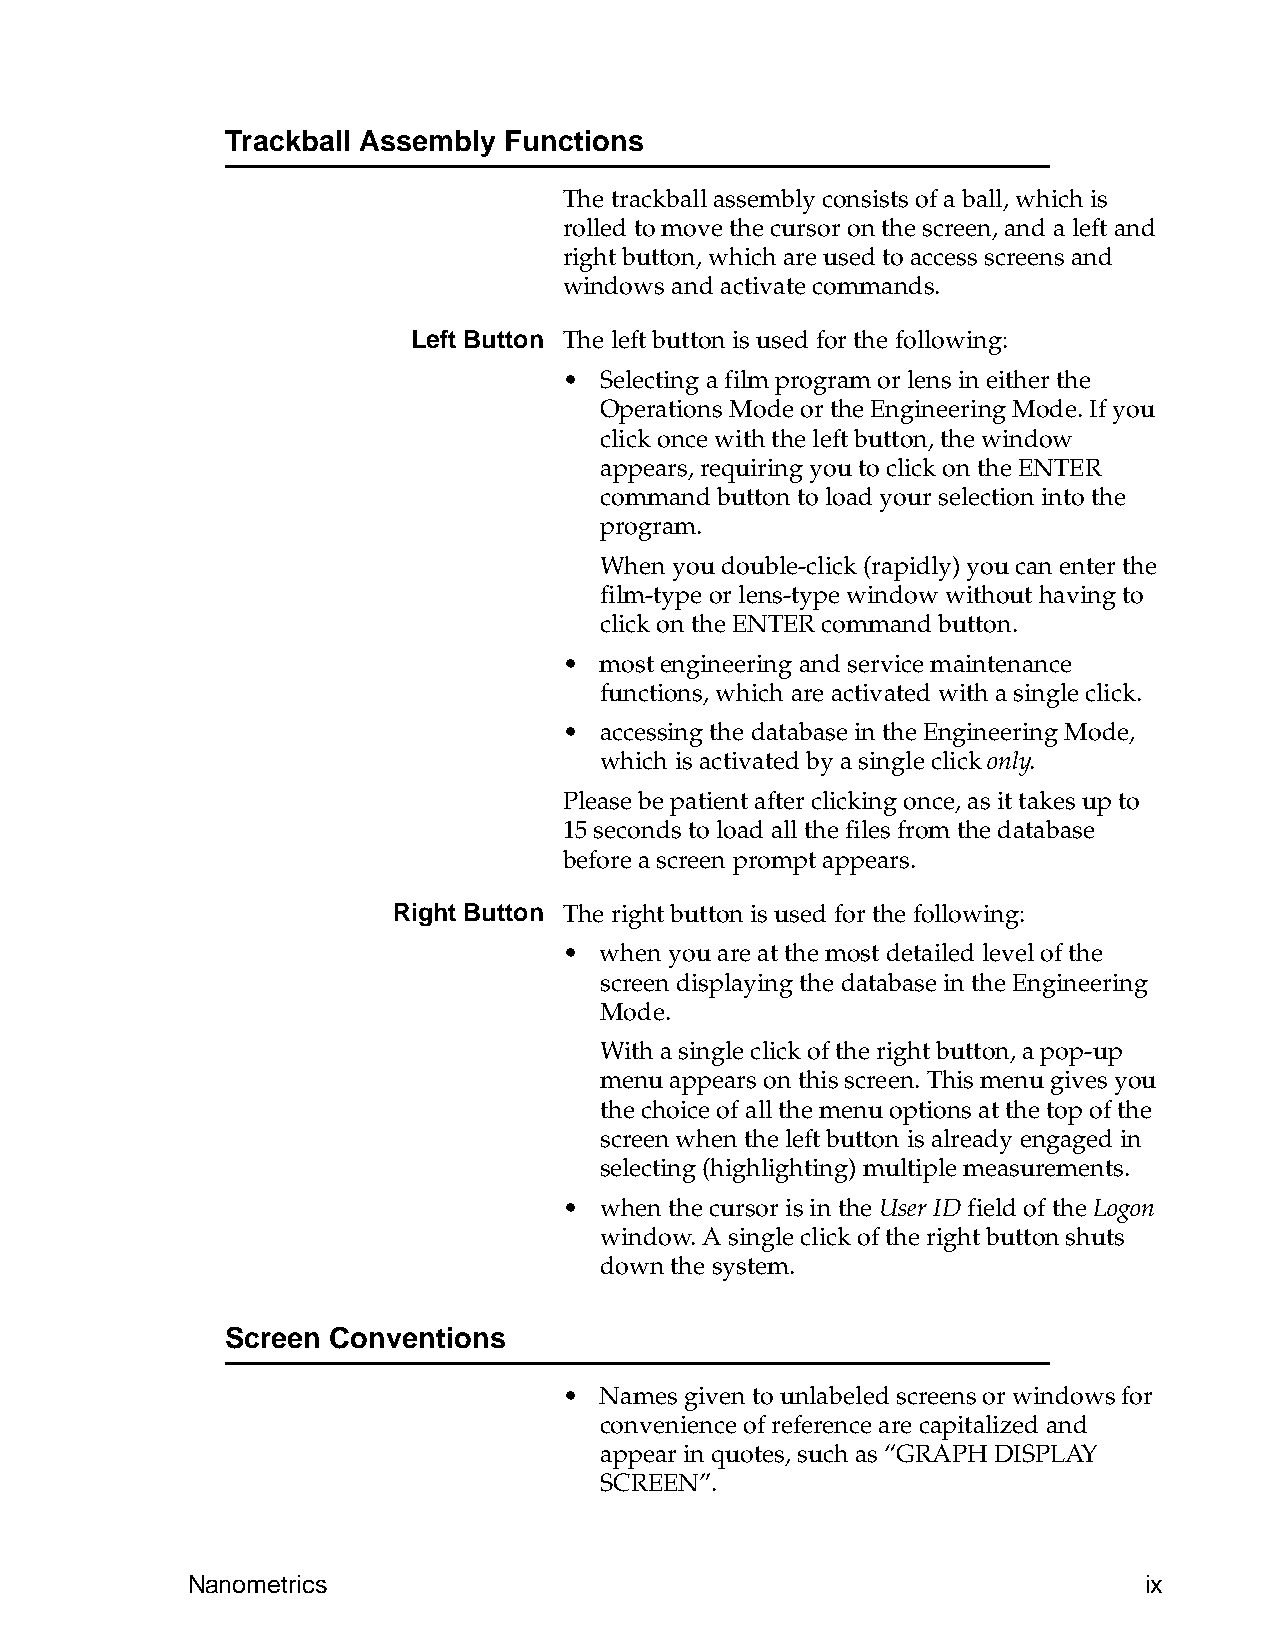
Trackball Assembly Functions
 The trackball assembly consists of a ball, which is
 rolled to move the cursor on the screen, and a left and
 right button, which are used to access screens and
 windows and activate commands.
 Left Button The left button is used for the following:
 •  Selecting a film program or lens in either the
 Operations Mode or the Engineering Mode. If you
 click once with the left button, the window
 appears, requiring you to click on the ENTER
 command button to load your selection into the
 program.
 When you double-click (rapidly) you can enter the
 film-type or lens-type window without having to
 click on the ENTER command button.
 •  most engineering and service maintenance
 functions, which are activated with a single click.
 •  accessing the database in the Engineering Mode,
 which is activated by a single click only.
 Please be patient after clicking once, as it takes up to
 15 seconds to load all the files from the database
 before a screen prompt appears.
 Right Button The right button is used for the following:
 •  when you are at the most detailed level of the
 screen displaying the database in the Engineering
 Mode.
 With a single click of the right button, a pop-up
 menu appears on this screen. This menu gives you
 the choice of all the menu options at the top of the
 screen when the left button is already engaged in
 selecting (highlighting) multiple measurements.
 •  when the cursor is in the User ID field of the Logon
 window. A single click of the right button shuts
 down the system.
 Screen Conventions
 •  Names given to unlabeled screens or windows for
 convenience of reference are capitalized and
 appear in quotes, such as “GRAPH DISPLAY
 SCREEN”.
 Nanometrics                                                     ix